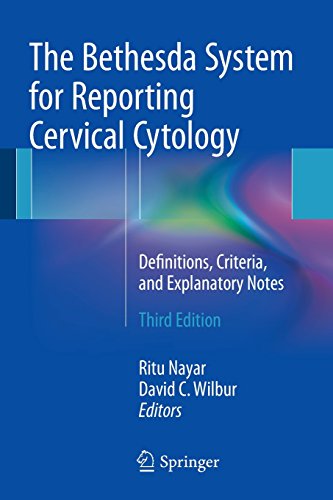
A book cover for The Bethesda System for Reporting Cervical Cytology: Definitions, Criteria, and Explanatory Notes; Science & Math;